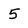
Character: 5